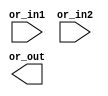
// SPDX-License-Identifier: Apache-2.0
// Copyright (C) 2019 Intel Corporation. 
//-----------------------------------------------------------------------------
//  Clock OR macro
//-----------------------------------------------------------------------------

module altr_hps_ckor (
    input  wire              or_in1,     // or input 1
    input  wire              or_in2,     // or input 2
    output  wire             or_out      // or output
);

// -------------------
// Port declarations
// -------------------

// -----
// RTL
// -----

wire   or_out_n;

`ifdef ALTR_HPS_INTEL_MACROS_OFF
assign or_out = or_in1 | or_in2;

`else



`endif

endmodule